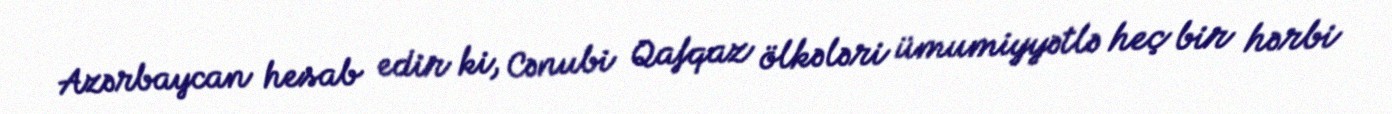
Azərbaycan hesab edir ki, Cənubi Qafqaz ölkələri ümumiyyətlə heç bir hərbi